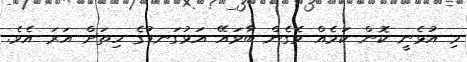
މި އުޅެނީ ކޮން ކަމެއް ވެގެން ބާވައޭ އަޅުގަނޑުގެ ހިތަށް އަރަ އެވެ.